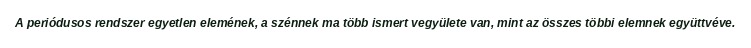
A periódusos rendszer egyetlen elemének, a szénnek ma több ismert vegyülete van, mint az összes többi elemnek együttvéve.